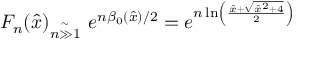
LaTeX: F _ { n } ( \hat { x } ) { } _ { \stackrel { \mathrm { \Large ~ \sim ~ } } { n \gg 1 } } \ e ^ { n \beta _ { 0 } ( { \hat { x } } ) / 2 } = e ^ { n \ln \left( \frac { { \hat { x } } + \sqrt { { \hat { x } } ^ { 2 } + 4 } } { 2 } \right) }